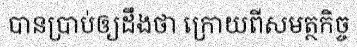
បានប្រាប់ឲ្យដឹងថា ក្រោយពីសមត្ថកិច្ច